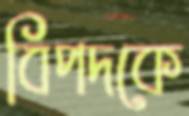
বিপদকে